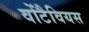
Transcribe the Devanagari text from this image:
वोंटैवियस